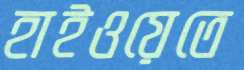
হাইওয়েতে